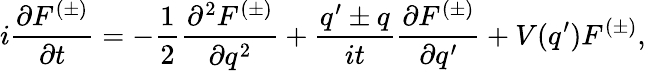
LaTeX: i\frac{\partial F^{(\pm)}}{\partial t}=-\frac{1}{2}\frac{\partial^{2}F^{(\pm)}}{\partial q^{2}}+\frac{q^{\prime}\pm q}{it}\frac{\partial F^{(\pm)}}{\partial q^{\prime}}+V(q^{\prime})F^{(\pm)},